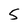
Character: 5